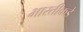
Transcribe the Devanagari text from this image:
भारतीकडे